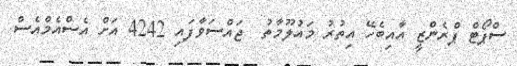
ސްޕޯޓް ޕްރެންޒީ އާއިބެހޭ އިތުރު މައުލޫމާތު  ޖައްސަވާފައި 4242 އަށް އެސްއެމްއެސް